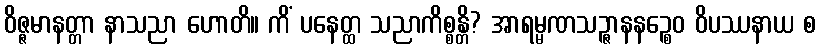
ဝိဇ္ဇမာနတ္တာ နာသညာ ဟောတိ။ ကိံ ပနေတ္ထ သညာကိစ္စန္တိ? အာရမ္မဏသဉ္ဇာနနဉ္စေဝ ဝိပဿနာယ စ